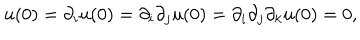
u ( 0 ) = \partial _ { i } u ( 0 ) = \partial _ { i } \partial _ { j } u ( 0 ) = \partial _ { i } \partial _ { j } \partial _ { k } u ( 0 ) = 0 ,